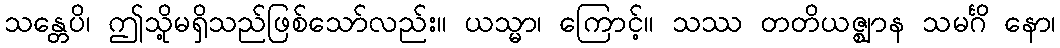
သန္တေပိ၊ ဤသို့မရှိသည်ဖြစ်သော်လည်း။ ယသ္မာ၊ ကြောင့်။ သဿ တတိယဇ္ဈာန သမင်္ဂိ နော၊